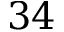
3 4